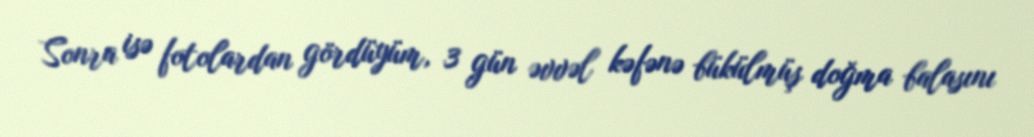
Sonra isə fotolardan gördüyüm, 3 gün əvvəl kəfənə bükülmüş doğma balasını